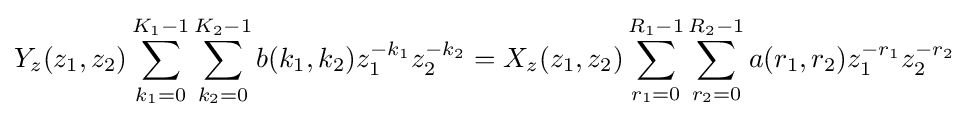
Y_{z}(z_{1},z_{2})\sum _{k_{1}=0}^{K_{1}-1}\sum _{k_{2}=0}^{K_{2}-1}b(k_{1},k_{2})z_{1}^{-k_{1}}z_{2}^{-k_{2}}=X_{z}(z_{1},z_{2})\sum _{r_{1}=0}^{R_{1}-1}\sum _{r_{2}=0}^{R_{2}-1}a(r_{1},r_{2})z_{1}^{-r_{1}}z_{2}^{-r_{2}}